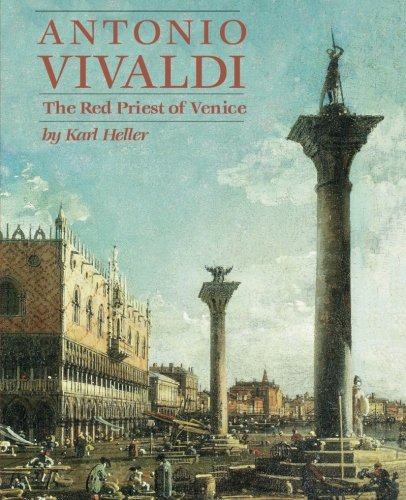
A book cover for Antonio Vivaldi: The Red Priest of Venice; Karl Heller; Biographies & Memoirs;